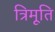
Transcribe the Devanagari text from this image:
त्रिमूति